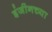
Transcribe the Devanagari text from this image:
इंजीनच्या